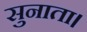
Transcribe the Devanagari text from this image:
सुनाता।